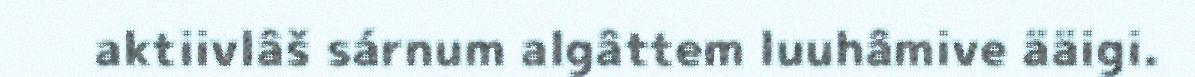
aktiivlâš sárnum algâttem luuhâmive ääigi.